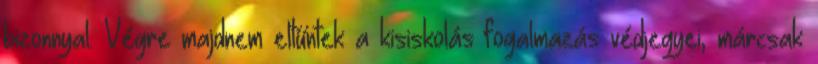
bizonnyal. Végre majdnem eltűntek a kisiskolás fogalmazás védjegyei, márcsak